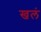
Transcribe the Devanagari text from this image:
खलं